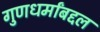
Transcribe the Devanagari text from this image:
गुणधर्मांबद्दल